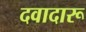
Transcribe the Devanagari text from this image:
दवादारू